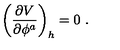
\left( { \frac { \partial V } { \partial \phi ^ { a } } } \right) _ { h } = 0 \ .